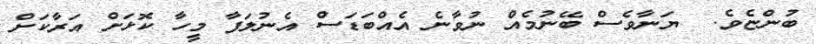
ބުންޏެވެ.  ޔަނާވެސް ބޭނުމެއް ނުވާނެ އެއްބަޑަސް އެނުލަފާ މީހާ ކޮޅަށް އަރާކަށް